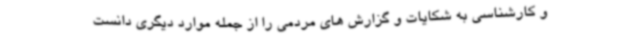
و کارشناسی به شکایات و گزارش های مردمی را از جمله موارد دیگری دانست